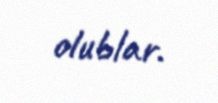
olublar.